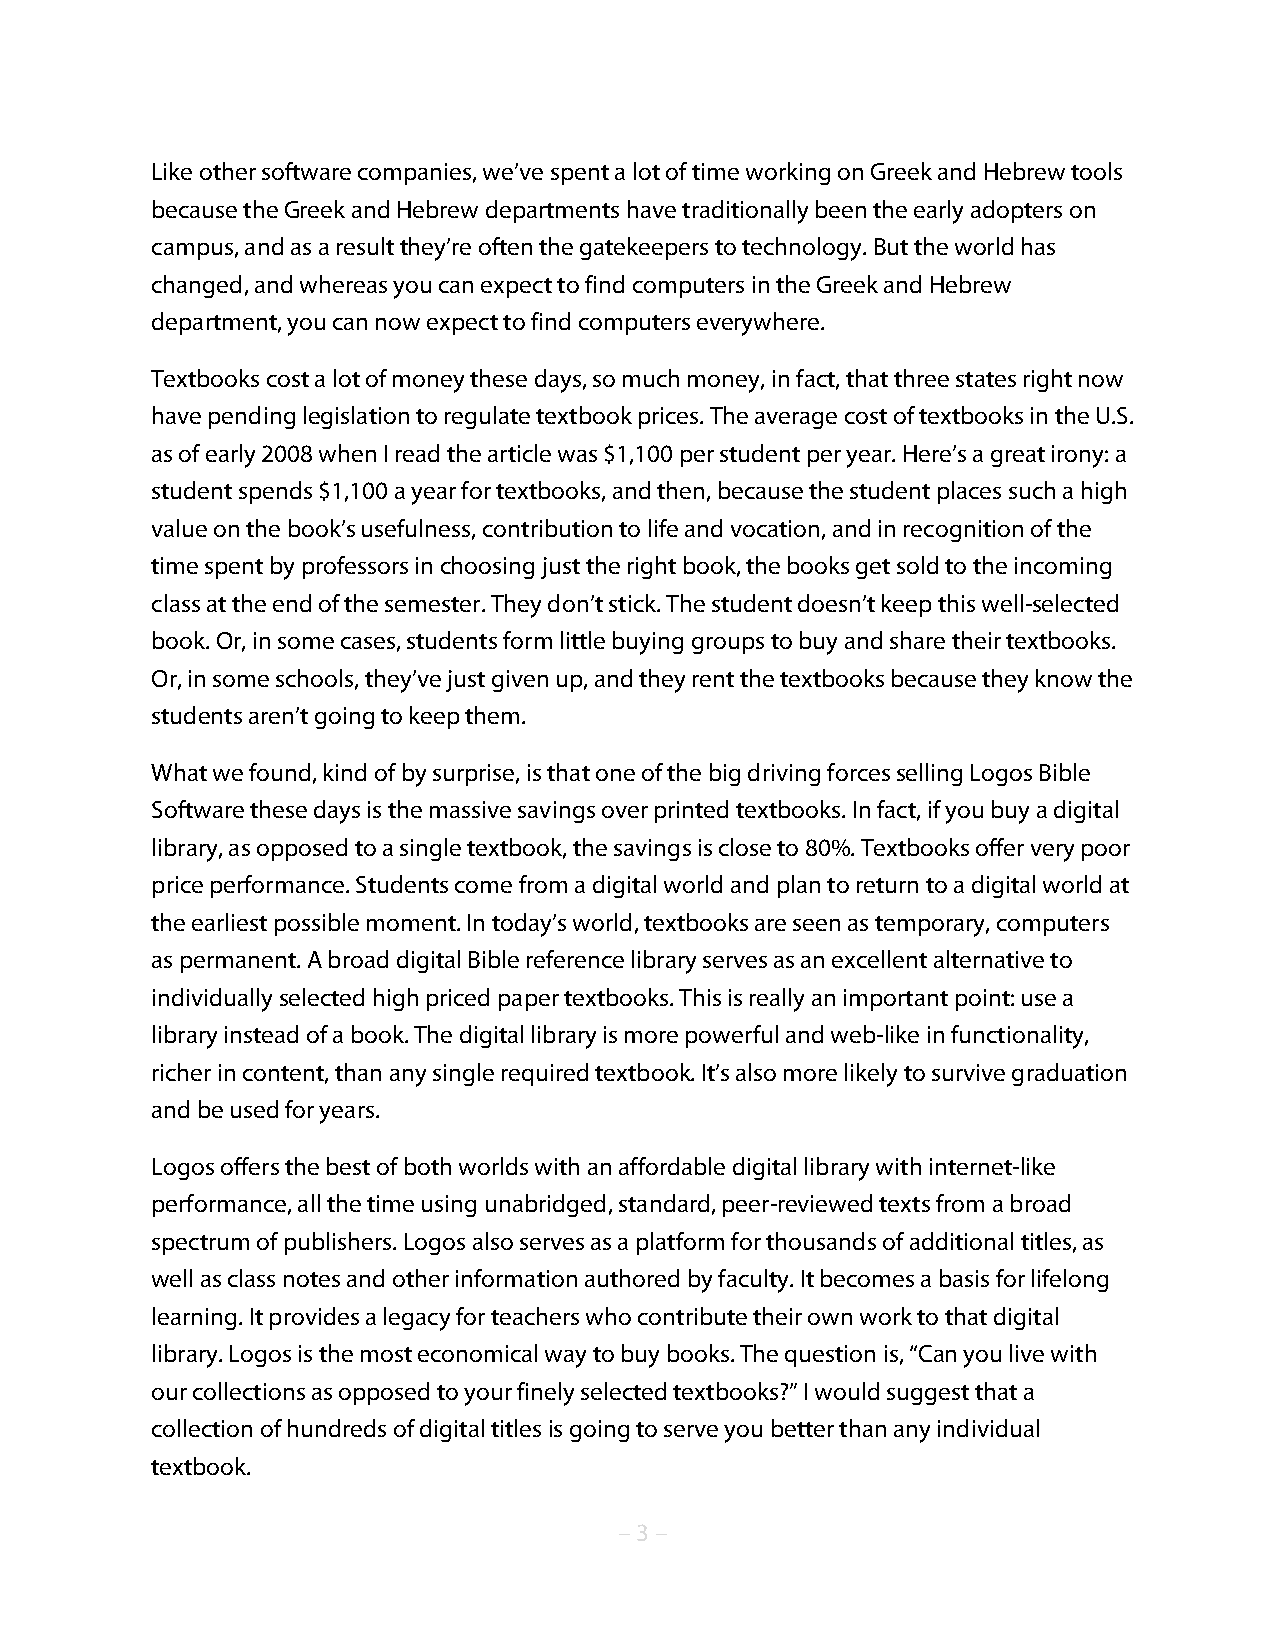
Like other software companies, we’ve spent a lot of time working on Greek and Hebrew tools
 because the Greek and Hebrew departments have traditionally been the early adopters on
 campus, and as a result they’re often the gatekeepers to technology. But the world has
 changed, and whereas you can expect to find computers in the Greek and Hebrew
 department, you can now expect to find computers everywhere.
 Textbooks cost a lot of money these days, so much money, in fact, that three states right now
 have pending legislation to regulate textbook prices. The average cost of textbooks in the U.S.
 as of early 2008 when I read the article was $1,100 per student per year. Here’s a great irony: a
 student spends $1,100 a year for textbooks, and then, because the student places such a high
 value on the book’s usefulness, contribution to life and vocation, and in recognition of the
 time spent by professors in choosing just the right book, the books get sold to the incoming
 class at the end of the semester. They don’t stick. The student doesn’t keep this well-selected
 book. Or, in some cases, students form little buying groups to buy and share their textbooks.
 Or, in some schools, they’ve just given up, and they rent the textbooks because they know the
 students aren’t going to keep them.
 What we found, kind of by surprise, is that one of the big driving forces selling Logos Bible
 Software these days is the massive savings over printed textbooks. In fact, if you buy a digital
 library, as opposed to a single textbook, the savings is close to 80%. Textbooks offer very poor
 price performance. Students come from a digital world and plan to return to a digital world at
 the earliest possible moment. In today’s world, textbooks are seen as temporary, computers
 as permanent. A broad digital Bible reference library serves as an excellent alternative to
 individually selected high priced paper textbooks. This is really an important point: use a
 library instead of a book. The digital library is more powerful and web-like in functionality,
 richer in content, than any single required textbook. It’s also more likely to survive graduation
 and be used for years.
 Logos offers the best of both worlds with an affordable digital library with internet-like
 performance, all the time using unabridged, standard, peer-reviewed texts from a broad
 spectrum of publishers. Logos also serves as a platform for thousands of additional titles, as
 well as class notes and other information authored by faculty. It becomes a basis for lifelong
 learning. It provides a legacy for teachers who contribute their own work to that digital
 library. Logos is the most economical way to buy books. The question is, “Can you live with
 our collections as opposed to your finely selected textbooks?” I would suggest that a
 collection of hundreds of digital titles is going to serve you better than any individual
 textbook.
 – 3 –